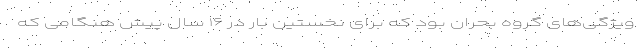
ویژگی‌های گروه بحران بود که برای نخستین بار در ۱۶ سال پیش هنگامی که